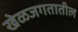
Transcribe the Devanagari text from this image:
खेळजगतातील